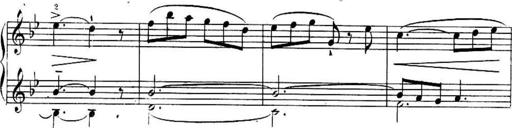
Title: Sonatines
Composer: Hedwige ChrÃ©tien